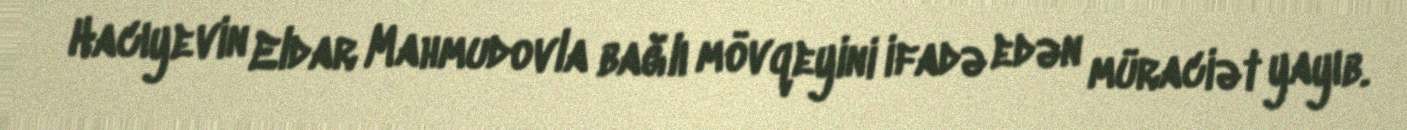
Hacıyevin Eldar Mahmudovla bağlı mövqeyini ifadə edən müraciət yayıb.